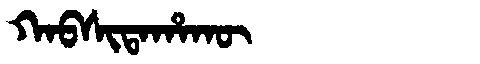
Manchu: ᡴᠠᠪᠰᡳᡨᠠᡥᠠᡴᡡ
Romanization: KABSITAHAKŪ